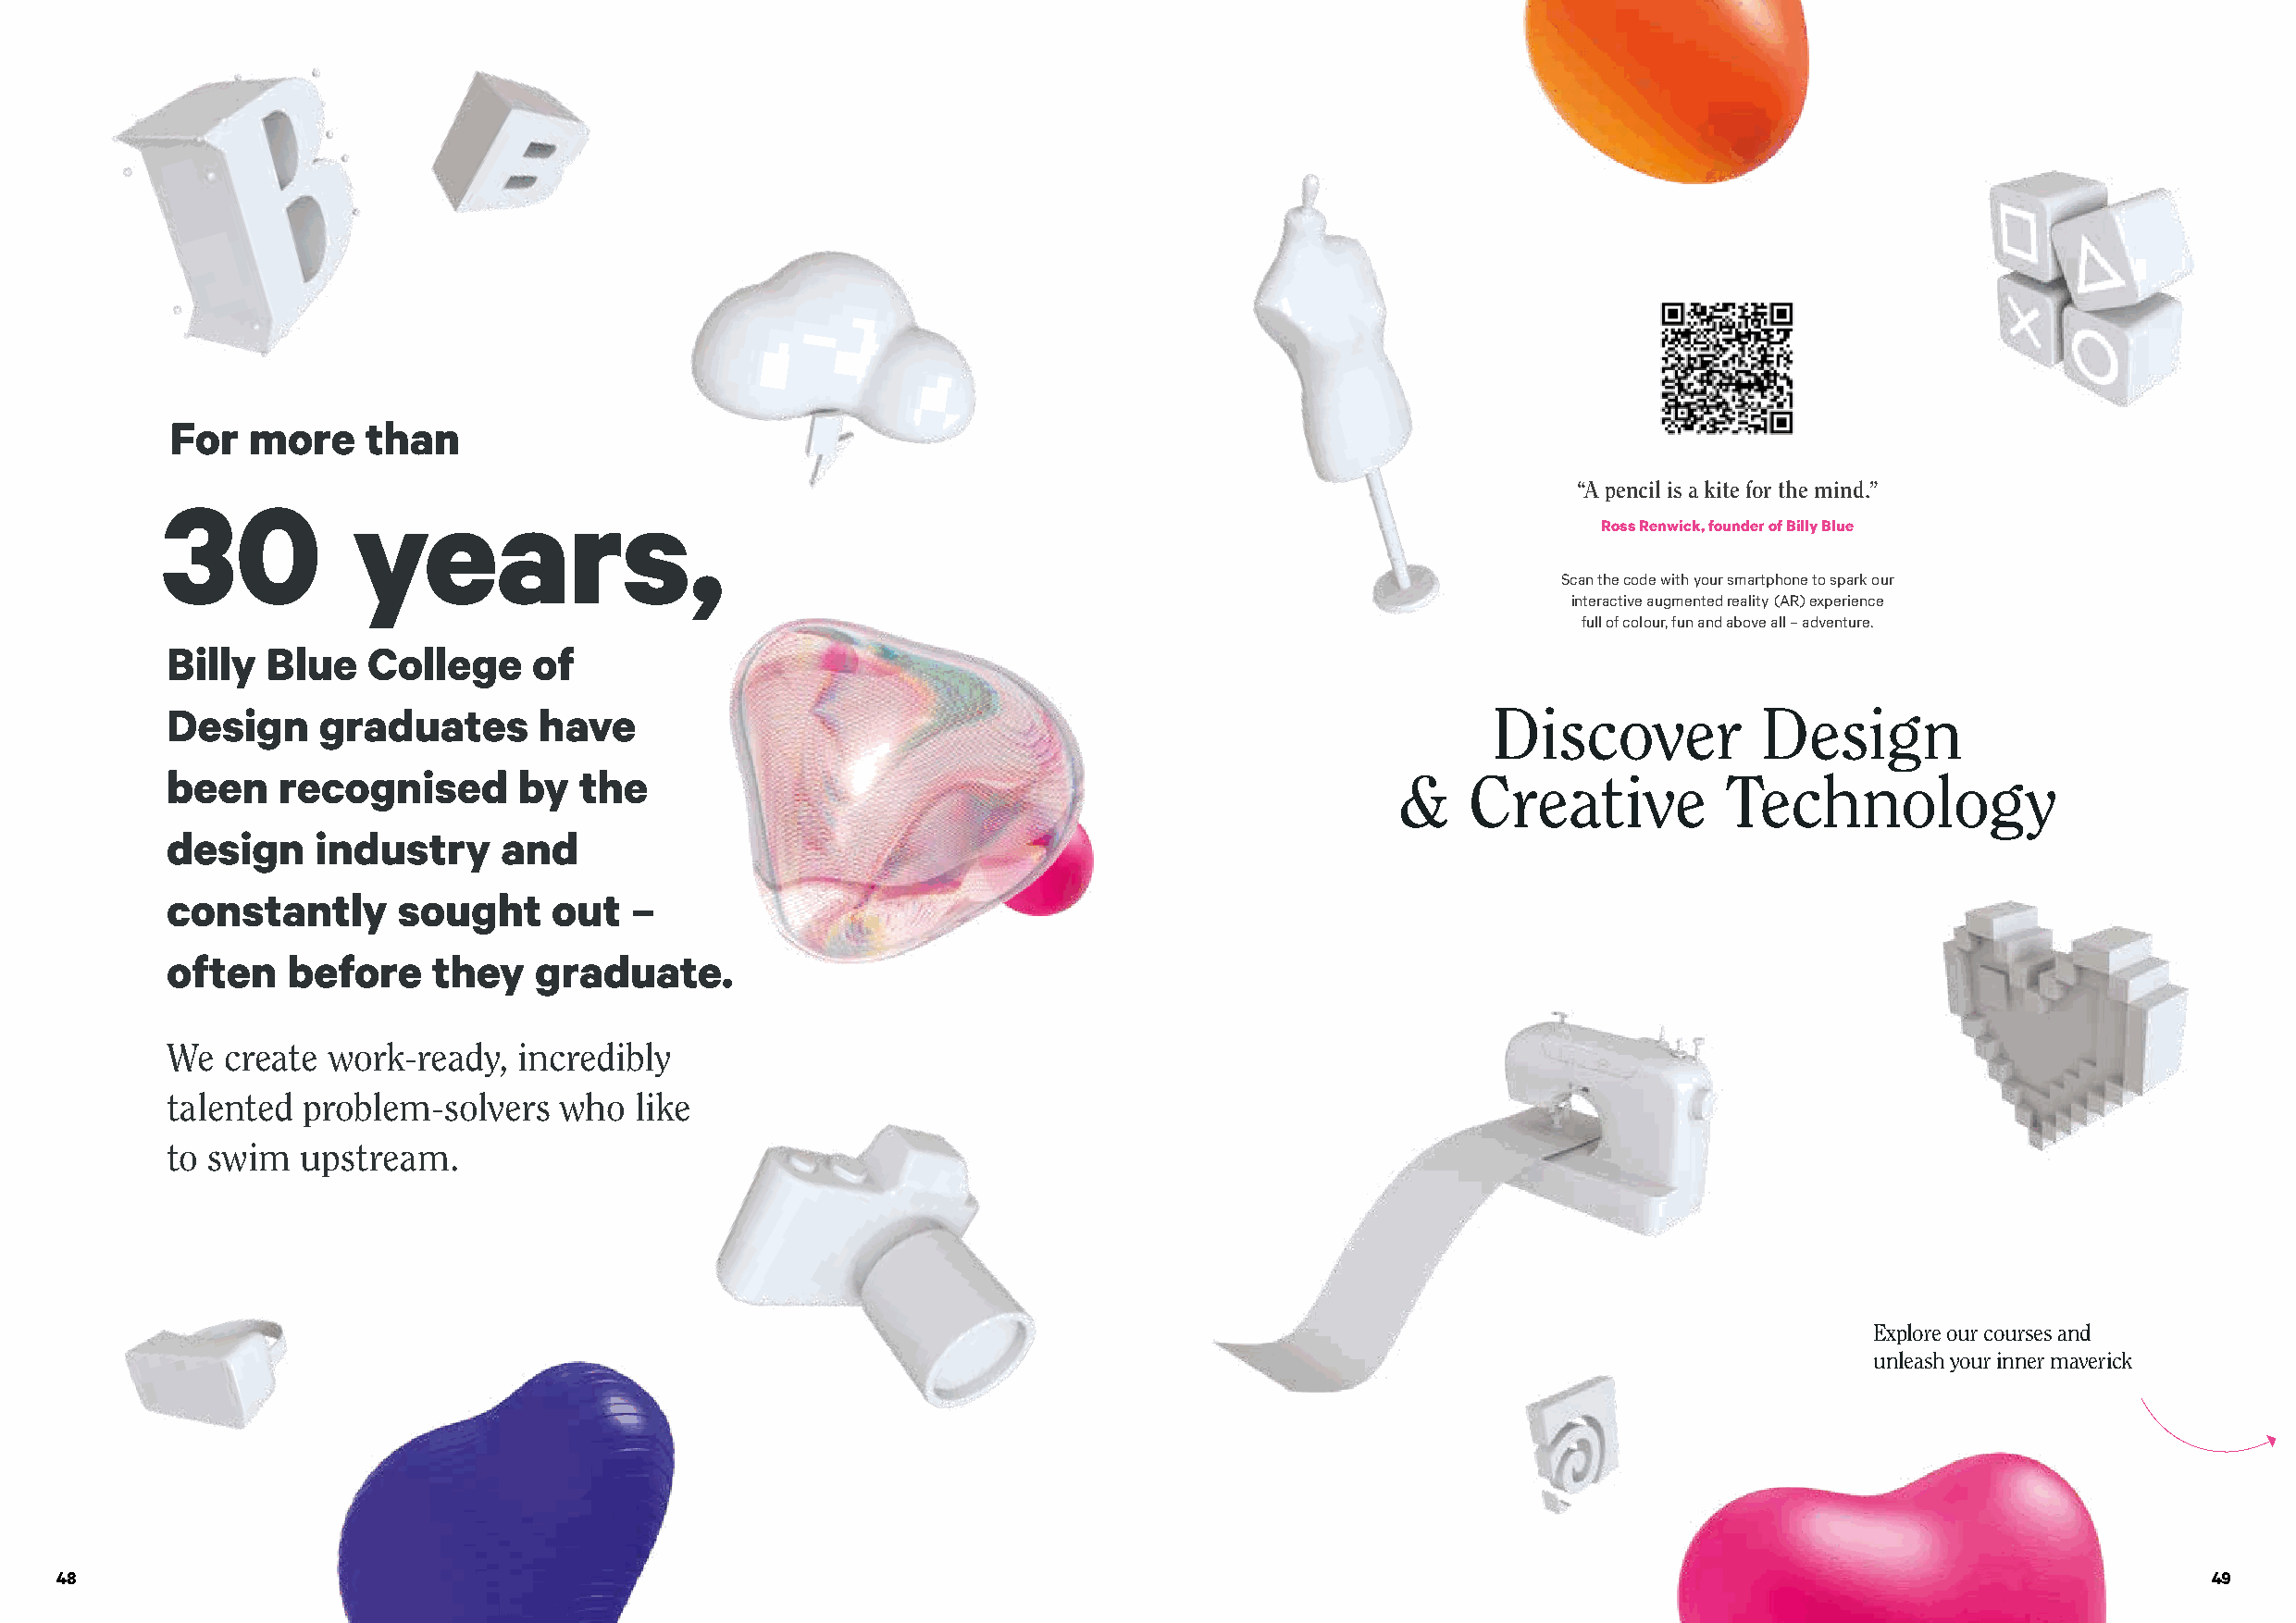
For   more    than
 30           years,                                                                                  “A pencil is a kite for the mind.”
 Ross Renwick, founder of Billy Blue
 Scan the code with your smartphone to spark our
 interactive augmented reality (AR) experience
 full of colour, fun and above all – adventure.
 Billy  Blue   College     of
 Design     graduates       have                                                                Discover           Design
 been    recognised       by  the
 &    Creative          Technology
 design     industry     and
 constantly      sought     out   –
 often    before    they   graduate.
 We  create work-ready,   incredibly
 talented  problem-solvers   who  like
 to swim   upstream.
 Explore our courses and
 unleash your inner maverick
 48                                                                                                                                                        49